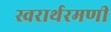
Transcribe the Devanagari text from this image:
स्वरार्थरमणी